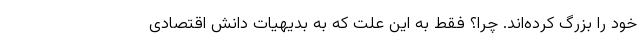
خود را بزرگ کرده‌اند. چرا؟ فقط به این علت که به بدیهیات دانش اقتصادی